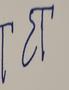
Signature authenticity: forged